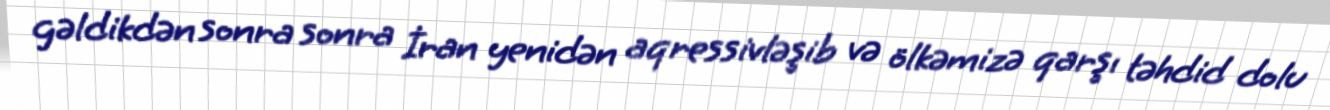
gəldikdən sonra sonra İran yenidən aqressivləşib və ölkəmizə qarşı təhdid dolu